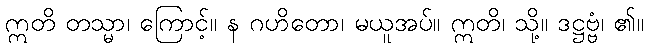
ဣတိ တသ္မာ၊ ကြောင့်။ န ဂဟိတော၊ မယူအပ်။ ဣတိ၊ သို့။ ဒဋ္ဌဗ္ဗံ၊ ၏။